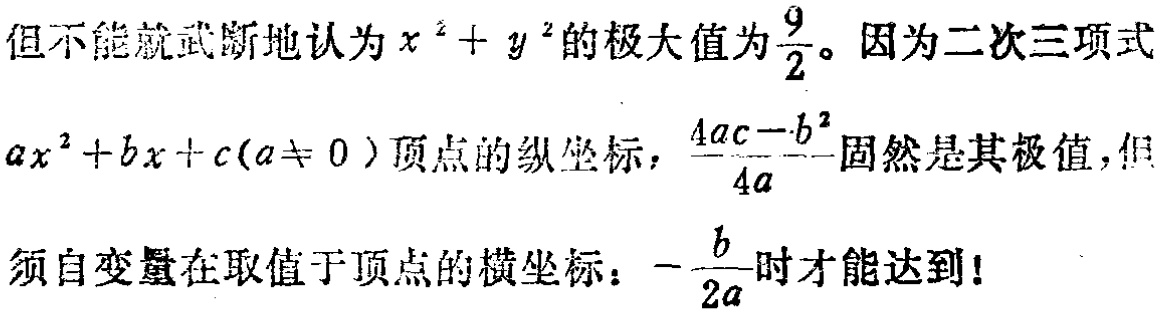
但不能就武断地认为$x^{2}+y^{2}$的极大值为$\frac{9}{2}$。因为二次三项式$ax^{2}+bx + c(a\neq 0)$顶点的纵坐标，$\frac{4ac - b^{2}}{4a}$固然是其极值，但须自变量在取值于顶点的横坐标：$-\frac{b}{2a}$时才能达到！